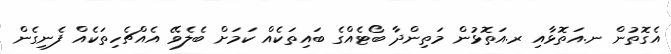
އެގޮތުން ނ.އަތޮޅާއި ރ.އަތޮޅުން މަތިންދާ ބޯޓެއްގެ ބައިތަކެއް ކަމަށް ބެލެވޭ އެއްޗެހިތަކެއް ފެނިގެން